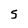
Character: S